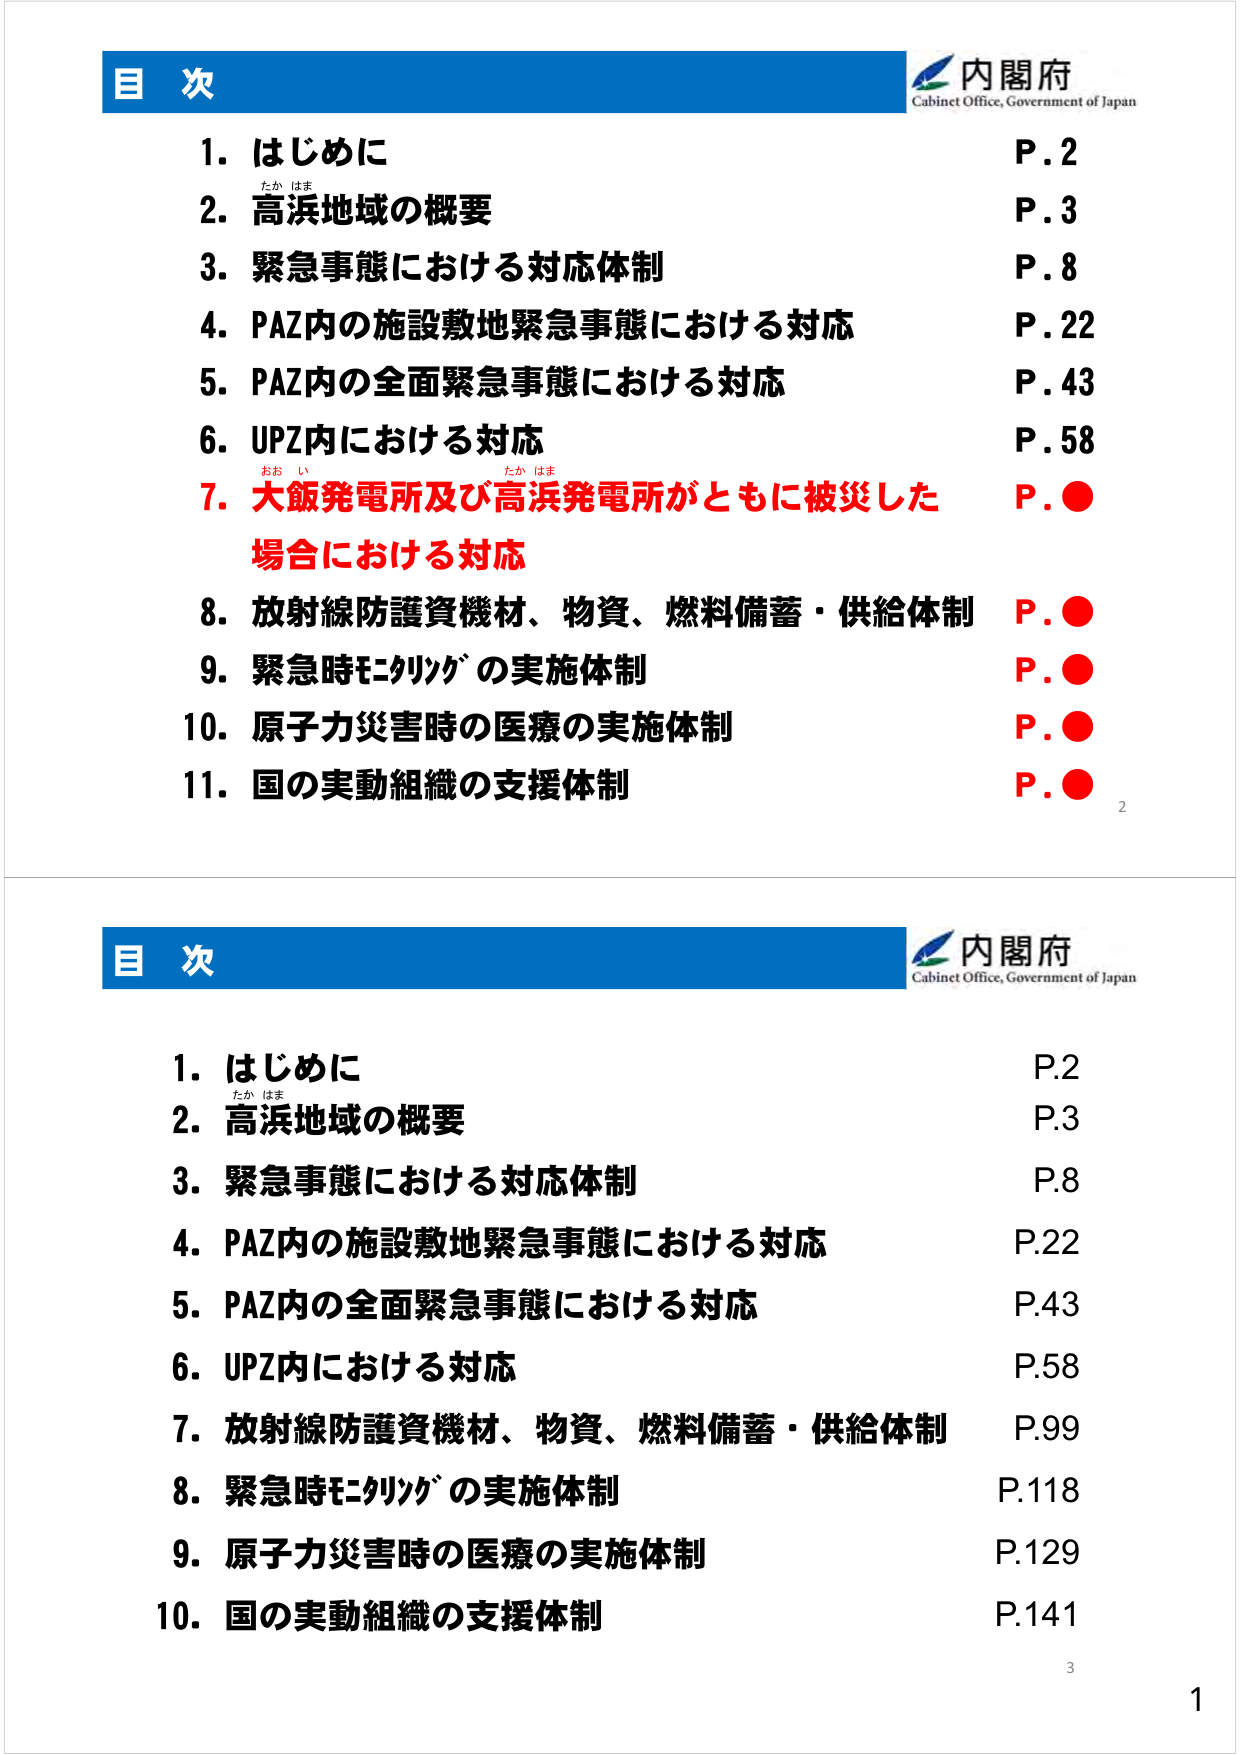
目 次
内閣府
Cabinet Office, Government of Japan
1. はじめに P.2
2. 高浜地域の概要 P.3
3. 緊急事態における対応体制 P.8
4. PAZ内の施設敷地緊急事態における対応 P.22
5. PAZ内の全面緊急事態における対応 P.43
6. UPZ内における対応 P.58
7. 大飯発電所及び高浜発電所がともに被災した場合における対応 P.●
8. 放射線防護資機材、物資、燃料備蓄・供給体制 P.●
9. 緊急時モニタリングの実施体制 P.●
10. 原子力災害時の医療の実施体制 P.●
11. 国の実動組織の支援体制 P.●
2
目 次
内閣府
Cabinet Office, Government of Japan
1. はじめに P.2
2. 高浜地域の概要 P.3
3. 緊急事態における対応体制 P.8
4. PAZ内の施設敷地緊急事態における対応 P.22
5. PAZ内の全面緊急事態における対応 P.43
6. UPZ内における対応 P.58
7. 放射線防護資機材、物資、燃料備蓄・供給体制 P.99
8. 緊急時モニタリングの実施体制 P.118
9. 原子力災害時の医療の実施体制 P.129
10. 国の実動組織の支援体制 P.141
3
1